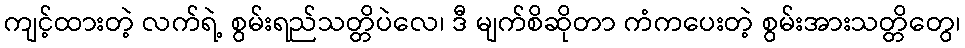
ကျင့်ထားတဲ့ လက်ရဲ့ စွမ်းရည်သတ္တိပဲလေ၊ ဒီ မျက်စိဆိုတာ ကံကပေးတဲ့ စွမ်းအားသတ္တိတွေ၊